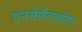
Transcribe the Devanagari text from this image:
एनसेफ़ैलाइटिज